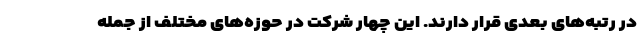
در رتبه‌های بعدی قرار دارند. این چهار شرکت در حوزه‌های مختلف از جمله